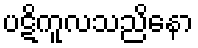
ပဋိကူလသညိနော